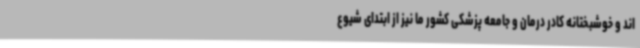
اند و خوشبختانه کادر درمان و جامعه پزشکی کشور ما نیز از ابتدای شیوع